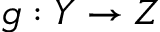
g : Y \to Z